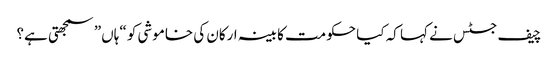
چیف جسٹس نے کہا کہ کیا حکومت کابینہ ارکان کی خاموشی کو “ہاں” سمجھتی ہے؟